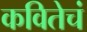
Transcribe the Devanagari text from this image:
कवितेचं